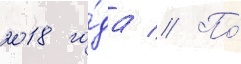
2018 го́да // По́